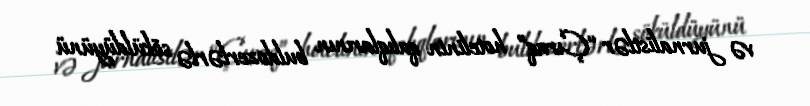
və jurnalistlər “Çıraq” hotelinin qalıqlarının buldozerlərlə söküldüyünü